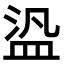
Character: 盕